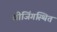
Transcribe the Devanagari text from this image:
बीजिंगस्थित